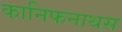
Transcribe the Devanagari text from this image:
कानिफनाथस